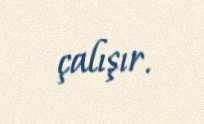
çalışır.